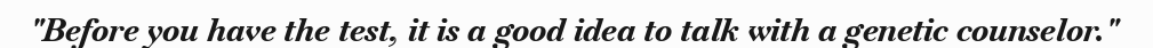
"Before you have the test, it is a good idea to talk with a genetic counselor."